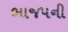
ભાજપની